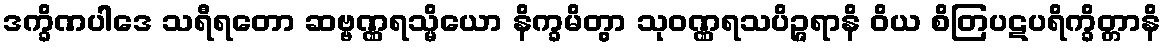
ဒက္ခိဏပါဒေ သရီရတော ဆဗ္ဗဏ္ဏရသ္မိယော နိက္ခမိတွာ သုဝဏ္ဏရသပိဉ္ဇရာနိ ဝိယ စိတြပဋပရိက္ခိတ္တာနိ